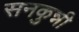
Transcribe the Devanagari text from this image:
सनकुन्नी